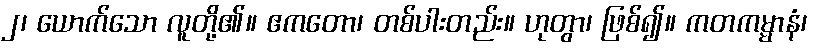
၂၊ ယောက်သော လူတို့၏။ ဧကတော၊ တစ်ပါးတည်း။ ဟုတွာ၊ ဖြစ်၍။ ကတကမ္မာနံ၊